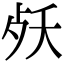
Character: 𣧕